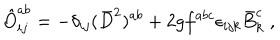
\hat { O } _ { i j } ^ { a b } = - \delta _ { i j } ( \bar { D } ^ { 2 } ) ^ { a b } + 2 g f ^ { a b c } \epsilon _ { i j k } \bar { B } _ { k } ^ { c } \; ,